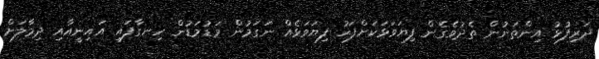
ދަރިފުޅު އިންތަނުން ތެދުވެގެން ފިޔަވަޅަކަށްފަހު ފިޔަވަޅެއް ނަގަމުން މަޑުމަޑުން ހިނގާފައި އައިނީއާއި ދިމާލަށް